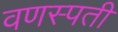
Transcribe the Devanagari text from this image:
वणस्पती